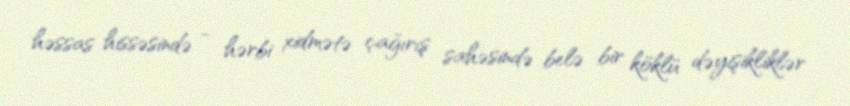
həssas hissəsində - hərbi xidmətə çağırış sahəsində belə bir köklü dəyişikliklər